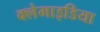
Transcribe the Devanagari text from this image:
क्लेमाइडिया